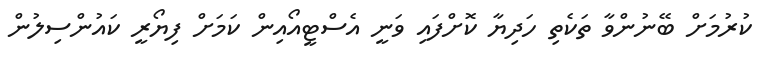
ކުރުމަށް ބޭނުންވާ ތަކެތި ހަދިޔާ ކޮށްފައި ވަނީ އެސްޓީއޯއިން ކަމަށް ފިޔޯރީ ކައުންސިލުން